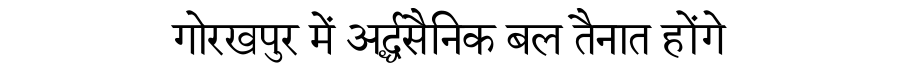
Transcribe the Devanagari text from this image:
गोरखपुर में अर्द्धसैनिक बल तैनात होंगे